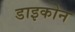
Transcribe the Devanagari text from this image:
डाइकोन